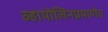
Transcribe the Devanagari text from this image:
व्हायोलिनप्रमाणेच